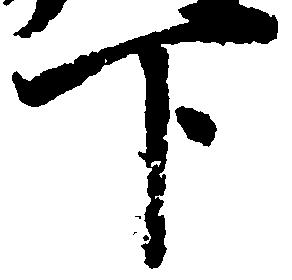
下